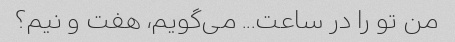
من تو را در ساعت... می‌گویم، هفت و نیم؟